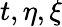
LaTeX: t,\eta,\xi